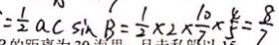
= \frac { 1 } { 2 } a c \sin B = \frac { 1 } { 2 } \times 2 \times \frac { 1 0 } { 7 } \times \frac { 4 } { 5 } = \frac { 8 } { 7 }